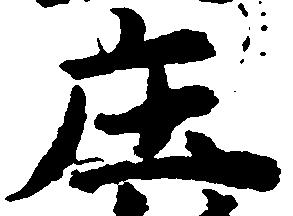
庄